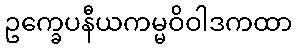
ဥက္ခေပနီယကမ္မဝိဝါဒကထာ